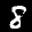
Label: 8